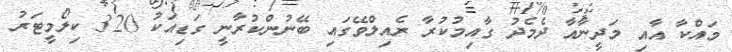
މައްކާ އާއި މަދީނާއާ ދެމެދު ގާއިމުކުރާ ރެއިލްވޭގައި ބޭނުންކުރާނީ ގަޑިއަކު 320 ކިލޯމީޓަރު